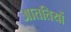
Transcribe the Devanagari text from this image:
आततियों